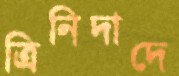
ত্রিনিদাদে